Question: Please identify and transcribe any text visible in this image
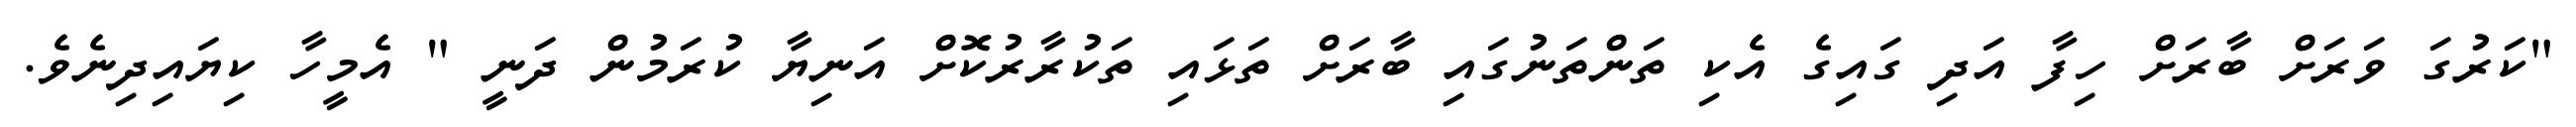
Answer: "ކަރުގަ ވަރަށް ބާރަށް ހިފާ އަދި ގައިގެ އެކި ތަންތަނުގައި ބާރަށް ތަޅައި ތަކުރާރުކޮށް އަނިޔާ ކުރަމުން ދަނީ " އެމީހާ ކިޔައިދިނެވެ.